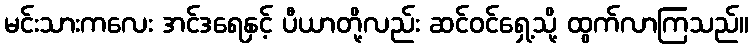
မင်းသားကလေး အင်ဒရေနှင့် ပီယာတို့လည်း ဆင်ဝင်ရှေ့သို့ ထွက်လာကြသည်။